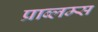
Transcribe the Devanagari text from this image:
प्राब्लम्स